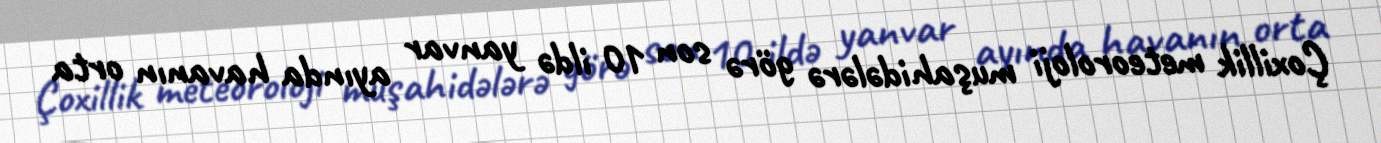
Çoxillik meteoroloji muşahidələrə görə son 10 ildə yanvar ayında havanın orta